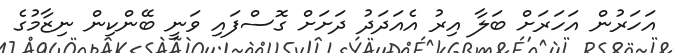
އަހަރުން އަހަރަށް ބަލާ އިރު އެއަދަދު ދަށަށް ގޮސްފައި ވަނީ ބޭންކިން ނިޒާމުގެ